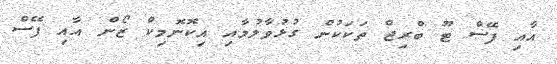
އާއި ފޭސް ޓޫ ބްރިޖް ތަކަކުން ގުޅުވާލުމާއި އިކޮނޮމިކް ޒޯން އާއި ފޭސް